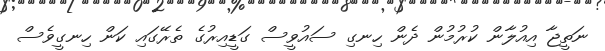
ނަތީޖާ އިއުލާން ކުރުމުން ދެން ހިނގި ސައުވީސް ގަޑީއިރުގެ ތެރޭގައި ކަން ހިނގީވެސް